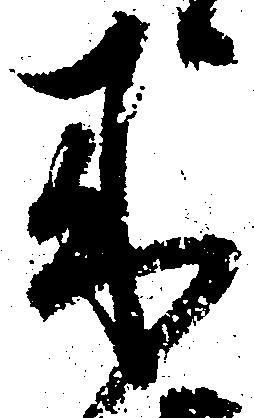
来